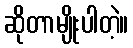
ဆိုတာမျိုးပါတဲ့။